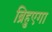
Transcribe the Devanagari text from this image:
ब्रिहुएगा